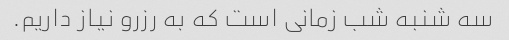
سه شنبه شب زمانی است که به رزرو نیاز داریم.